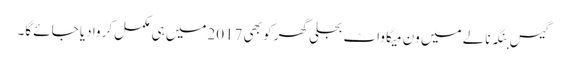
گیس بنگہ نالے میں ون میگا واٹ بجلی گھر کو بھی 2017میں ہی مکمل کروا دیا جائے گا۔